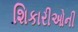
શિકારીઓની